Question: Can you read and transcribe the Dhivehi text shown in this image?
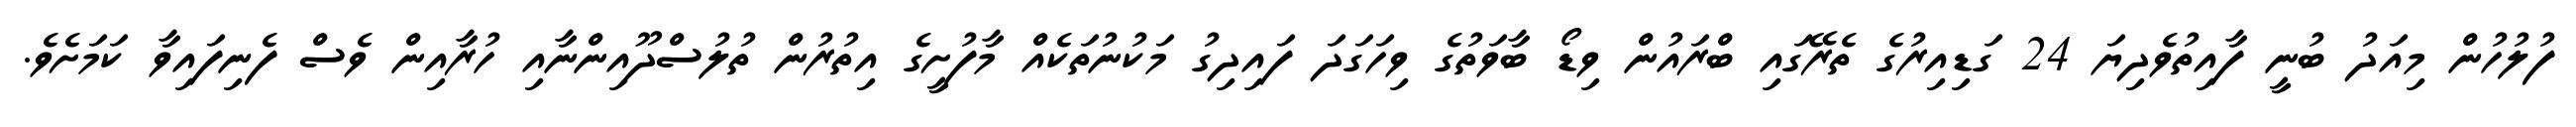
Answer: ފުލުހުން މިއަދު ބުނީ ފާއިތުވެދިޔަ 24 ގަޑިއިރުގެ ތެރޭގައި ބްރައުން ވިޑޯ ބާވަތުގެ ވިހަގަދަ ފައިދިގު މަކުނުތަކެއް މާފުށީގެ އިތުރުން ތުލުސްދޫއިންނާއި ހުރާއިން ވެސް ފެނިފައިވާ ކަމަށެވެ.